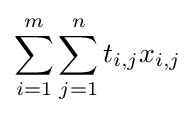
\sum \limits _{i=1}^{m}\sum \limits _{j=1}^{n}t_{i,j}x_{i,j}